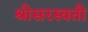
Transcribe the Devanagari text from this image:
श्रीसरस्वती